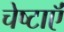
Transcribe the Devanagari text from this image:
चेष्टाऍं